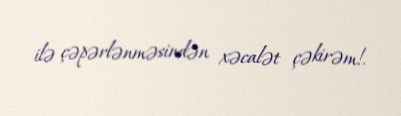
ilə çəpərlənməsindən xəcalət çəkirəm!.